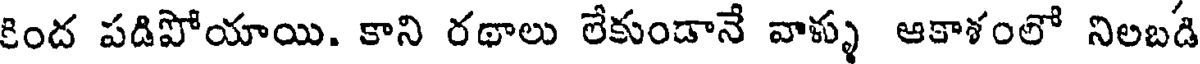
కింద పడిపోయాయి. కాని రథాలు లేకుండానే వాళ్ళు ఆకాశంలో నిలబడి